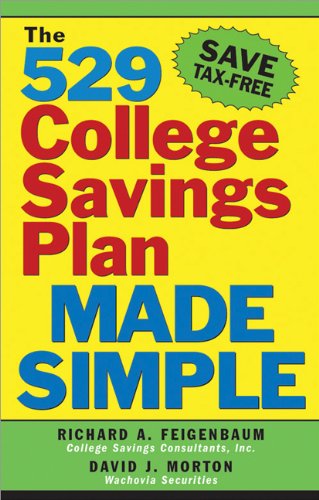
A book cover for The 529 College Savings Plan Made Simple; Richard Feigenbaum; Business & Money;